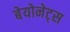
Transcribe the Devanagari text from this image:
बेयोनेट्स